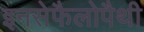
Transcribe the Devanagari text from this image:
इनसेफैलोपैथी